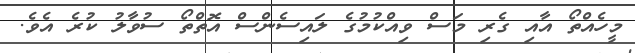
މީހެއްތޯ އާއި ގެރި މަސް ވިއްކުމުގެ ލައިސެންސް އޮތްތޯ ސުވާލު ކުރެ އެވެ.